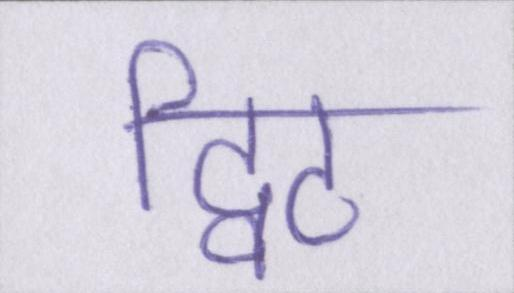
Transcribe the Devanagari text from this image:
ट्विट